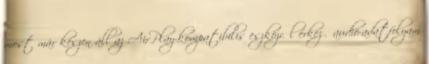
most már készen áll az AirPlay-kompatibilis eszközről érkező audió-adatfolyam